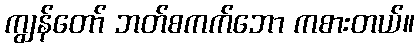
ကျွန်တော် ဘတ်စကက်ဘော ကစားတယ်။